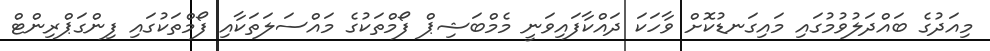
މިއަދުގެ ބައްދަލުވުމުގައި މައިގަނޑުކޮށް ވާހަކަ ދައްކާފައިވަނީ މެމްބަޝިޕް ފޯމްތަކުގެ މައްސަލަތަކާއި ފޯމްތަކުގައި ފިންގަޕްރިންޓް